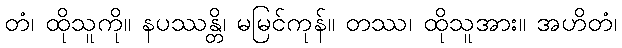
တံ၊ ထိုသူကို။ နပဿန္တိ၊ မမြင်ကုန်။ တဿ၊ ထိုသူအား။ အဟိတံ၊